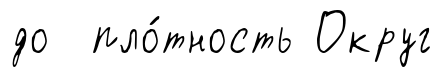
до пло́тность Округ